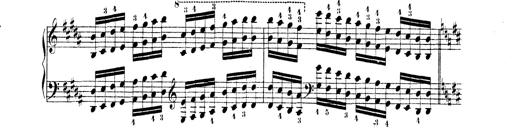
Title: Technische Studien
Composer: Franz Liszt